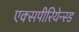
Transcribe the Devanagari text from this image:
एक्सपीरियेन्स्ड